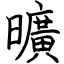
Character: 曠